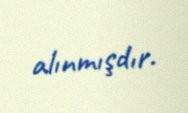
alınmışdır.